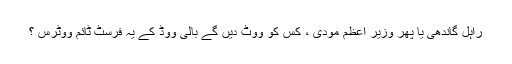
راہل گاندھی یا پھر وزیر اعظم مودی ، کس کو ووٹ دیں گے بالی ووڈ کے یہ فرسٹ ٹائم ووٹرس ؟